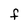
Character: f